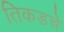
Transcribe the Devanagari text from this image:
तिकडचे